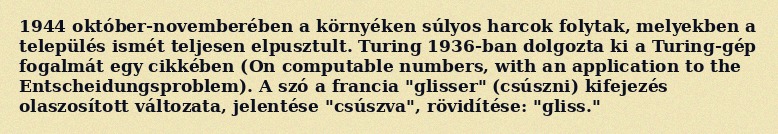
1944 október-novemberében a környéken súlyos harcok folytak, melyekben a település ismét teljesen elpusztult. Turing 1936-ban dolgozta ki a Turing-gép fogalmát egy cikkében (On computable numbers, with an application to the Entscheidungsproblem). A szó a francia "glisser" (csúszni) kifejezés olaszosított változata, jelentése "csúszva", rövidítése: "gliss."